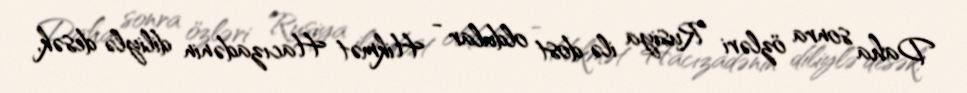
Daha sonra özləri Rusiya ilə dost oldular - Hikmət Hacızadənin diliylə desək,